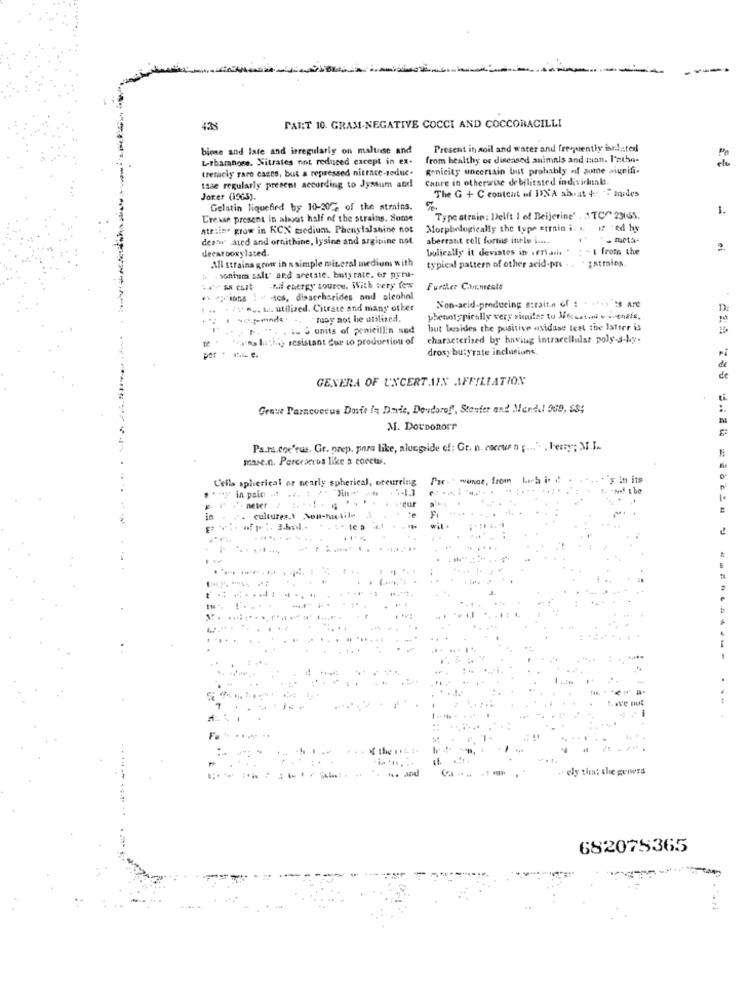
438
PAT:T 10. GRAM-NEGATIVE COCCI AND COCCOBACILLI
bione and late and irregularig on maltose and
Present in soil and water and frequently isnlasted
Lthamnose, Nitrates not reduced except in ex. from healthy os diseased animals and man. I
from healthy os diseased animals and man. l'ethe-
tremely rare esses, but a repressed nitrace-reduc. Renicity uncertain but probably of some ais
Renicity uncertain but probably of some signifi.
tase regularly present according to Jyssum and
Jorer (1965).
The G + C content of INA abrat + F mnides
Gelatin liquefied by 10-20% of the atrains.
1.
Uresse present in about half of the strains. Some
Type strain : Delft 1 of Beijerine' , ATC^ 23165.
Ateilne grow in KCN medium. Phenylalanine not
Morphologically the type strain i. .. If -ed by
der:w aled and ornithine, lysine and arginine not
aberrant cell forms inelo i ....
- meta-
decarboxylated.
bulically it deviates in seriais . : - t from the
All strains grow in a simple mit.cral medium with
typical pattern of other acid-pre . . . ; strains.
b .sonium salt' and aretate. butyrate, er pyru-
fill energy source. With very few
Further Carments
:- scs, disaccharides and alcohol
1/1 ... ta utilized. Citrate and many other
Non-acid-producing straits of : . ..: 's Are
+- may not be utilized.
phenotypically very similar to Jouet vochtis,
" .. iu . units of penicillin sed
but besides the positive axidase test the latter is
te
chains lizing resistant due to production of
characterised by having intracellular poly-s-ky.
droxy butyrate inclusiuns
GENERA OF UNCERTAIN AFFILIATION
Gente Paracoccus Doste In Dade, Deudorof', Starter and Merd.l 009, SS;
M. DOUDOROST
Pa.rs.coc'rus. Gr. prep. para like, alongside of; Gt. n. coccur n [ ... ". . Ferry; M.I.
mase.n. Pereracrus like a coeetus.
C'ells spherical or nearly spherical, oteurring
Par ." monat, from Lich i
in its
in pain .it
neter
cultures.\ Non-tactile
K the
ely that the geners
682075365